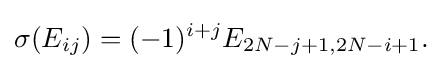
\displaystyle {\sigma (E_{ij})=(-1)^{i+j}E_{2N-j+1,2N-i+1}.}